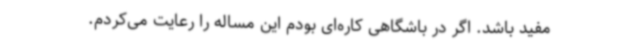
مفید باشد. اگر در باشگاهی کاره‌ای بودم این مساله را رعایت می‌کردم.